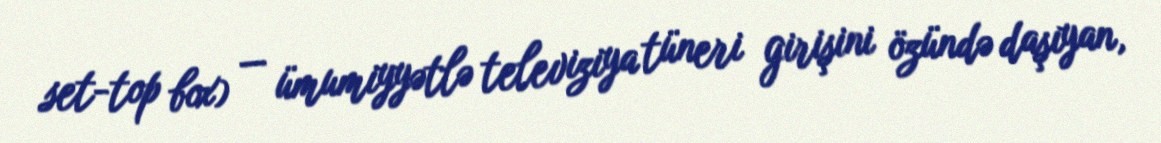
set-top box) — ümumiyyətlə televiziya tüneri girişini özündə daşıyan,